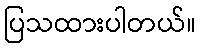
ပြသထားပါတယ်။